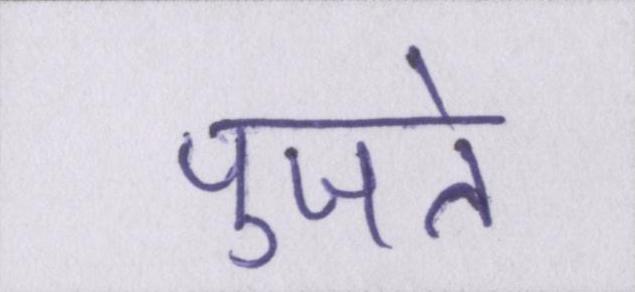
पुजते